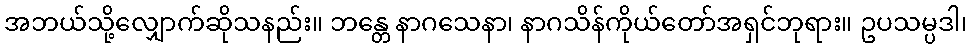
အဘယ်သို့လျှောက်ဆိုသနည်း။ ဘန္တေ နာဂသေနာ၊ နာဂသိန်ကိုယ်တော်အရှင်ဘုရား။ ဥပသမ္ပဒါ၊